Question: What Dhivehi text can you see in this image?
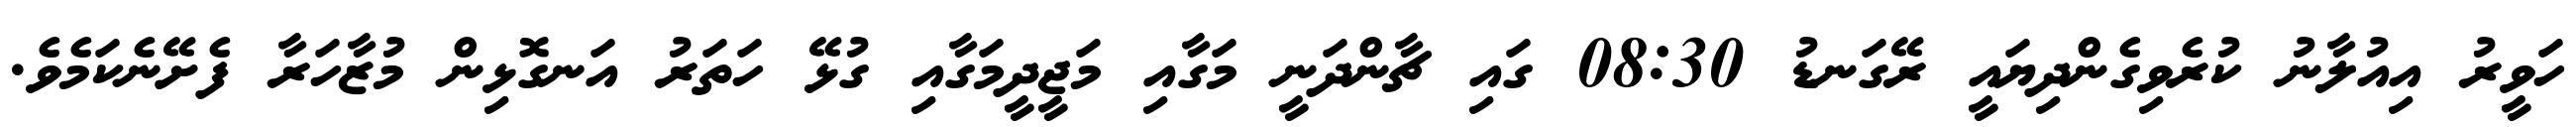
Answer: ހަވީރު އިއުލާނު ކުރެވިގެންދިޔައީ ރޭގަނޑު 08:30 ގައި ޗާންދަނީ މަގާއި މަޖީދީމަގާއި ގުޅޭ ހަތަރު އަނގޮޅިން މުޒާހަރާ ފެށޭނެކަމެވެ.